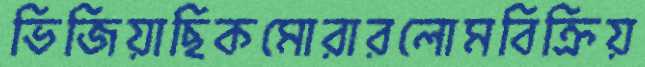
ভিজিয়াছিকমোরারলোমবিক্রিয়